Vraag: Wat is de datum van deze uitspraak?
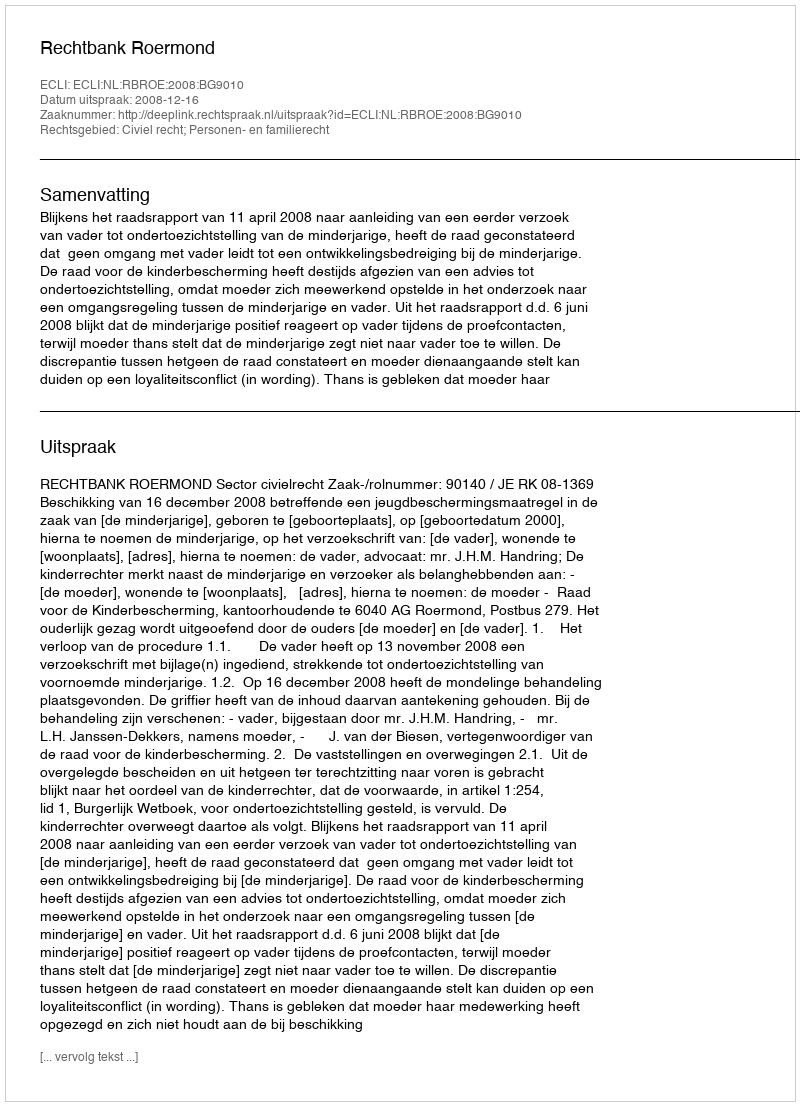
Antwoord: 2008-12-16